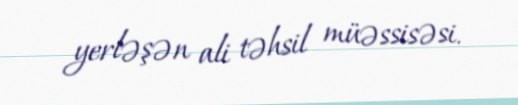
yerləşən ali təhsil müəssisəsi.